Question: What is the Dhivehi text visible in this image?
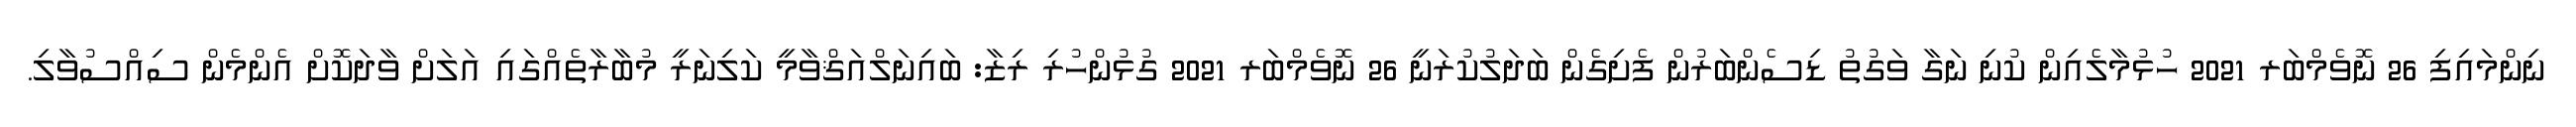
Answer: ނިންމައިފި 26 ނޮވެމްބަރ 2021 ހުޅުމާލެއިން ކުނި ނަގާ ވަގުތު ޑިސެންބަރުން ފެށިގެން ބަދަލުކުރަނީ 26 ނޮވެމްބަރ 2021 ގުޅުންހުރި ރިޒާ: ބައިނަލްއަޤްވާމީ ކަލިނަރީ މުބާރާތެއްގައި އަލަށް ވާދަކޮށް އެންމެން ސިއްސުވާލި.